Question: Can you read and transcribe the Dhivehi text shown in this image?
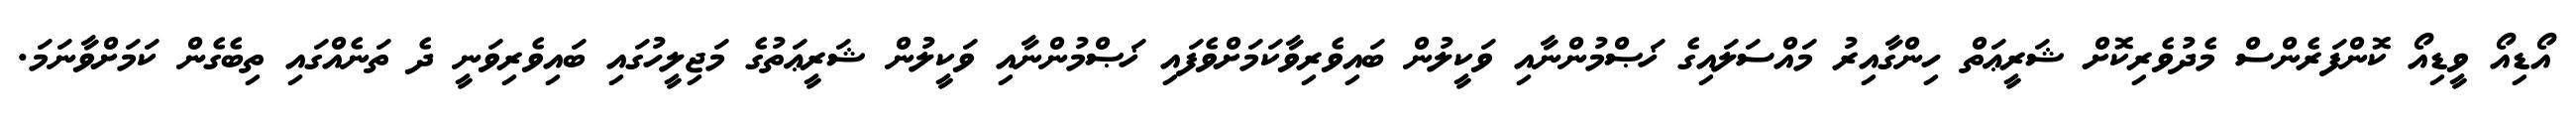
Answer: އޯޑިއޯ ވީޑިއޯ ކޮންފަރެންސް މެދުވެރިކޮށް ޝަރީޢަތް ހިންގާއިރު މައްސަލައިގެ ޚަޞްމުންނާއި ވަކީލުން ބައިވެރިވާކަމަށްވެފައި ޚަޞްމުންނާއި ވަކީލުން ޝަރީޢަތުގެ މަޖިލީހުގައި ބައިވެރިވަނީ ދެ ތަނެއްގައި ތިބެގެން ކަމަށްވާނަމަ.